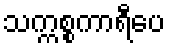
သက္ကစ္စကာရီပေ